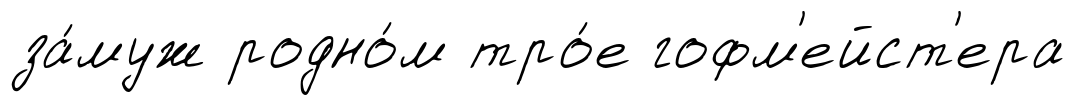
за́муж родно́м тро́е гофм'ейст'ера